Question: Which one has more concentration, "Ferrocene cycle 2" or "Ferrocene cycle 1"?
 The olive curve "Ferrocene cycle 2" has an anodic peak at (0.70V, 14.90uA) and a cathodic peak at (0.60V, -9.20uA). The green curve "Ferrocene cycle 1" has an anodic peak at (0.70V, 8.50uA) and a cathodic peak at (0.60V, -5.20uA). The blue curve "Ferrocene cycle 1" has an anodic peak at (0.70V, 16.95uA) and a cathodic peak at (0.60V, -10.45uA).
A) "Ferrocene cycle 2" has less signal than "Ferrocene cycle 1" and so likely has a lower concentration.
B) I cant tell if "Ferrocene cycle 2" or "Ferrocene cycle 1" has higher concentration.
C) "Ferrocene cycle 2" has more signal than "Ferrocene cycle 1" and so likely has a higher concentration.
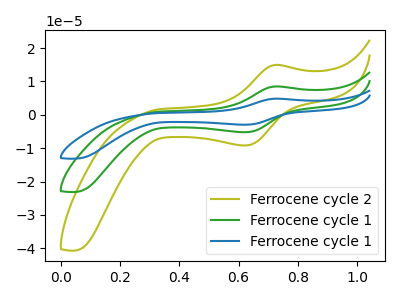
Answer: <think>All the peaks in "Ferrocene cycle 2" have a peak in "Ferrocene cycle 1" at the same potential. Every peak in "Ferrocene cycle 2" is higher than every peak in "Ferrocene cycle 1".
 </think>
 <answer>C) "Ferrocene cycle 2" has more signal than "Ferrocene cycle 1" and so likely has a higher concentration.</answer>
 <eval>C</eval>